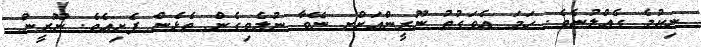
ނިކުމެ ގެއްލުނެވެ. ހަމަ އެވަގުތު ނޫރީންއަށްށ ނޭވާ ނުލެވިގެން ތެޅެން ފެށިއެވެ. ނޫރީން